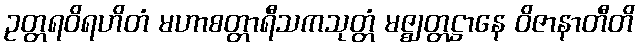
ဥတ္တရဝိရဟိတံ မဟာစတ္တာရီသကသုတ္တံ မဇ္ဈတ္တဋ္ဌာနေ ဝိဇာနာတီတိ